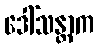
ဒေါ်သန္တာက